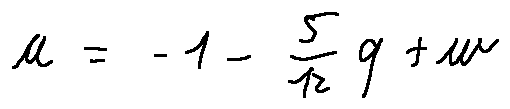
u = - 1 - \frac { 5 } { 1 2 } q + w